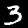
Label: 3